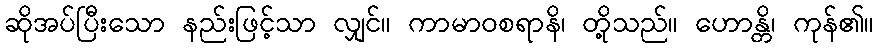
ဆိုအပ်ပြီးသော နည်းဖြင့်သာ လျှင်။ ကာမာဝစရာနိ၊ တို့သည်။ ဟောန္တိ၊ ကုန်၏။